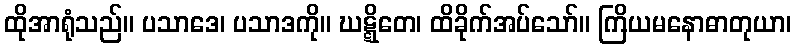
ထိုအာရုံသည်။ ပသာဒေ၊ ပသာဒကို။ ဃဋ္ဋိတေ၊ ထိခိုက်အပ်သော်။ ကြိယမနောဓာတုယာ၊